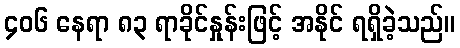
၄၀၆ နေရာ ၈၃ ရာခိုင်နှုန်းဖြင့် အနိုင် ရရှိခဲ့သည်။